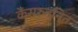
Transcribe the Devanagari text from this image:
कैंसरजनित